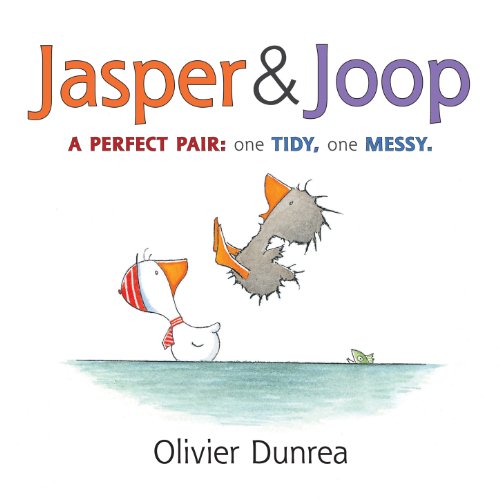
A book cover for Jasper & Joop (Gossie & Friends); Olivier Dunrea; Children's Books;